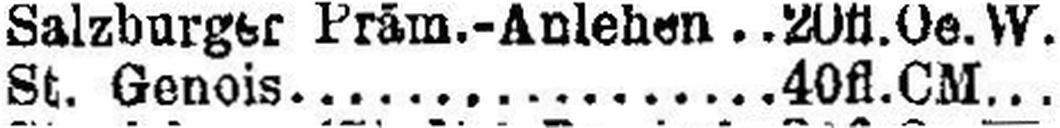
St. Genois 40 fl. CM